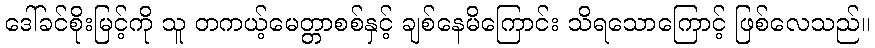
ဒေါ်ခင်စိုးမြင့်ကို သူ တကယ့်မေတ္တာစစ်နှင့် ချစ်နေမိကြောင်း သိရသောကြောင့် ဖြစ်လေသည်။